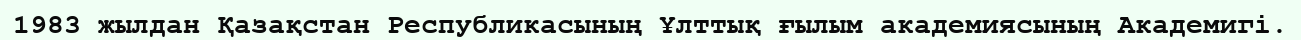
1983 жылдан Қазақстан Республикасының Ұлттық ғылым академиясының Академигі.